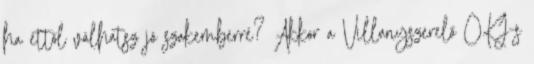
ha ettől válhatsz jó szakemberré? Akkor a Villanyszerelő OKJ-s